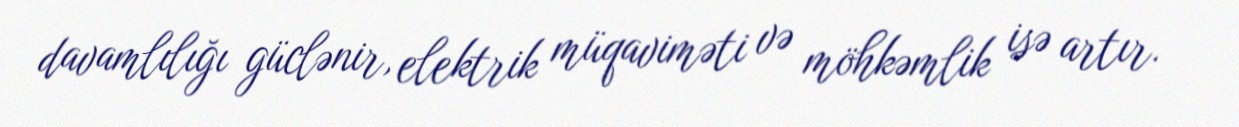
davamlılığı güclənir, elektrik müqaviməti və möhkəmlik isə artır.